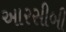
આરસીબી